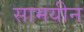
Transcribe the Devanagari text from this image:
सामयीन